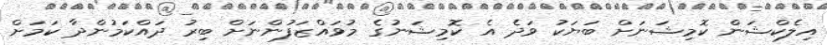
އިލެކްޝަން ކޮމިޝަނަށް ބަޔަކު ވަދެ އެ ކޮމިޝަނުގެ މުވައްޒަފުންނަށް ބިރު ދައްކަމުންދާ ކަމަށް